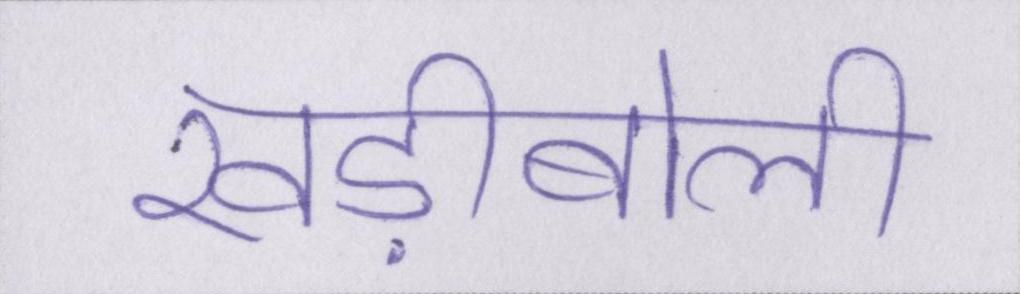
खड़ीबोली